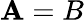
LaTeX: \mathbf{A}=B